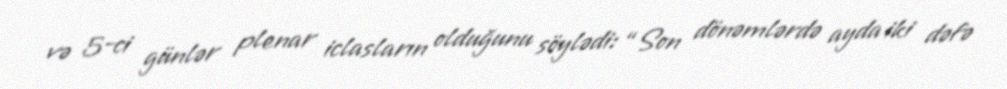
və 5-ci günlər plenar iclasların olduğunu söylədi: “Son dönəmlərdə ayda iki dəfə